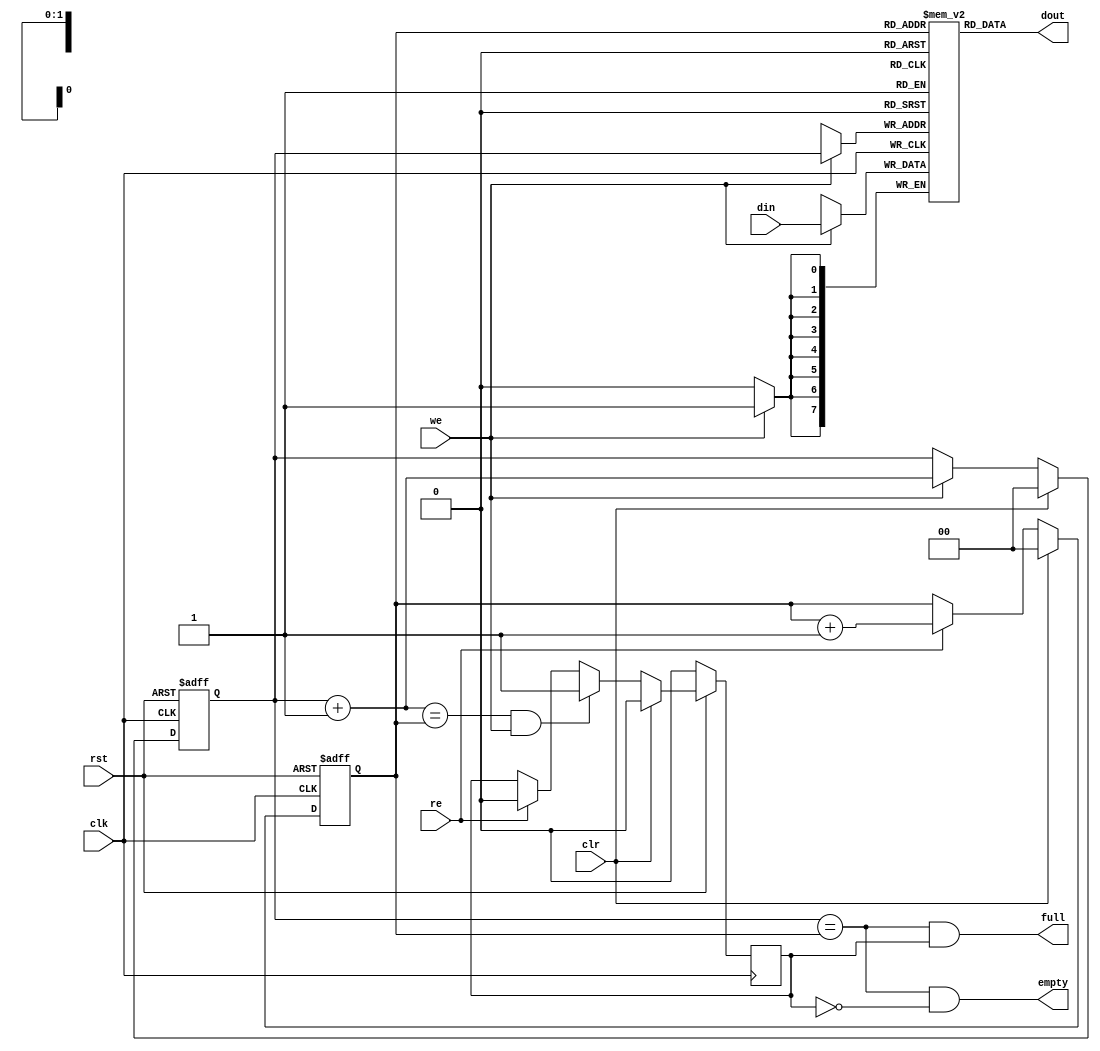
/////////////////////////////////////////////////////////////////////
////                                                             ////
//// FIFO 4 entries deep                                         ////
////                                                             ////
////          rudi@asics.ws     richard@asics.ws                 ////
////                                                             ////
////                                                             ////
//// Download from: http://www.opencores.org/projects/sasc       ////
////                http://www.opencores.org/projects/simple_spi ////
////                                                             ////
/////////////////////////////////////////////////////////////////////
////                                                             ////
//// Copyright (C) 2000-2002 Rudolf Usselmann, Richard Herveille ////
////                         www.asics.ws                        ////
////                         rudi@asics.ws, richard@asics.ws     ////
////                                                             ////
//// This source file may be used and distributed without        ////
//// restriction provided that this copyright statement is not   ////
//// removed from the file and that any derivative work contains ////
//// the original copyright notice and the associated disclaimer.////
////                                                             ////
////     THIS SOFTWARE IS PROVIDED ``AS IS'' AND WITHOUT ANY     ////
//// EXPRESS OR IMPLIED WARRANTIES, INCLUDING, BUT NOT LIMITED   ////
//// TO, THE IMPLIED WARRANTIES OF MERCHANTABILITY AND FITNESS   ////
//// FOR A PARTICULAR PURPOSE. IN NO EVENT SHALL THE AUTHOR      ////
//// OR CONTRIBUTORS BE LIABLE FOR ANY DIRECT, INDIRECT,         ////
//// INCIDENTAL, SPECIAL, EXEMPLARY, OR CONSEQUENTIAL DAMAGES    ////
//// (INCLUDING, BUT NOT LIMITED TO, PROCUREMENT OF SUBSTITUTE   ////
//// GOODS OR SERVICES; LOSS OF USE, DATA, OR PROFITS; OR        ////
//// BUSINESS INTERRUPTION) HOWEVER CAUSED AND ON ANY THEORY OF  ////
//// LIABILITY, WHETHER IN  CONTRACT, STRICT LIABILITY, OR TORT  ////
//// (INCLUDING NEGLIGENCE OR OTHERWISE) ARISING IN ANY WAY OUT  ////
//// OF THE USE OF THIS SOFTWARE, EVEN IF ADVISED OF THE         ////
//// POSSIBILITY OF SUCH DAMAGE.                                 ////
////                                                             ////
/////////////////////////////////////////////////////////////////////

//  CVS Log
//
//  $Id: fifo4.v,v 1.1.1.1 2002-12-22 16:07:14 rherveille Exp $
//
//  $Date: 2002-12-22 16:07:14 $
//  $Revision: 1.1.1.1 $
//  $Author: rherveille $
//  $Locker:  $
//  $State: Exp $
//
// Change History:
//               $Log: not supported by cvs2svn $
//

// synopsys translate_off
`timescale 1ns / 1ps
// synopsys translate_on


// 4 entry deep fast fifo
module fifo4(clk, rst, clr,  din, we, dout, re, full, empty);

parameter dw = 8;

input		clk, rst;
input		clr;
input   [dw:1]	din;
input		we;
output  [dw:1]	dout;
input		re;
output		full, empty;


////////////////////////////////////////////////////////////////////
//
// Local Wires
//

reg     [dw:1]	mem[0:3];
reg     [1:0]   wp;
reg     [1:0]   rp;
wire    [1:0]   wp_p1;
wire    [1:0]   wp_p2;
wire    [1:0]   rp_p1;
wire		full, empty;
reg		gb;

////////////////////////////////////////////////////////////////////
//
// Misc Logic
//

always @(posedge clk or negedge rst)
        if(!rst)	wp <= #1 2'h0;
        else
        if(clr)		wp <= #1 2'h0;
        else
        if(we)		wp <= #1 wp_p1;

assign wp_p1 = wp + 2'h1;
assign wp_p2 = wp + 2'h2;

always @(posedge clk or negedge rst)
        if(!rst)	rp <= #1 2'h0;
        else
        if(clr)		rp <= #1 2'h0;
        else
        if(re)		rp <= #1 rp_p1;

assign rp_p1 = rp + 2'h1;

// Fifo Output
assign  dout = mem[ rp ];

// Fifo Input
always @(posedge clk)
        if(we)	mem[ wp ] <= #1 din;

// Status
assign empty = (wp == rp) & !gb;
assign full  = (wp == rp) &  gb;

// Guard Bit ...
always @(posedge clk)
	if(!rst)			gb <= #1 1'b0;
	else
	if(clr)				gb <= #1 1'b0;
	else
	if((wp_p1 == rp) & we)		gb <= #1 1'b1;
	else
	if(re)				gb <= #1 1'b0;

endmodule